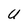
Character: U